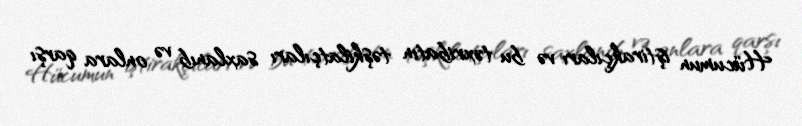
Hücumun iştirakçıları və bu təxribatın təşkilatçıları saxlanıb və onlara qarşı